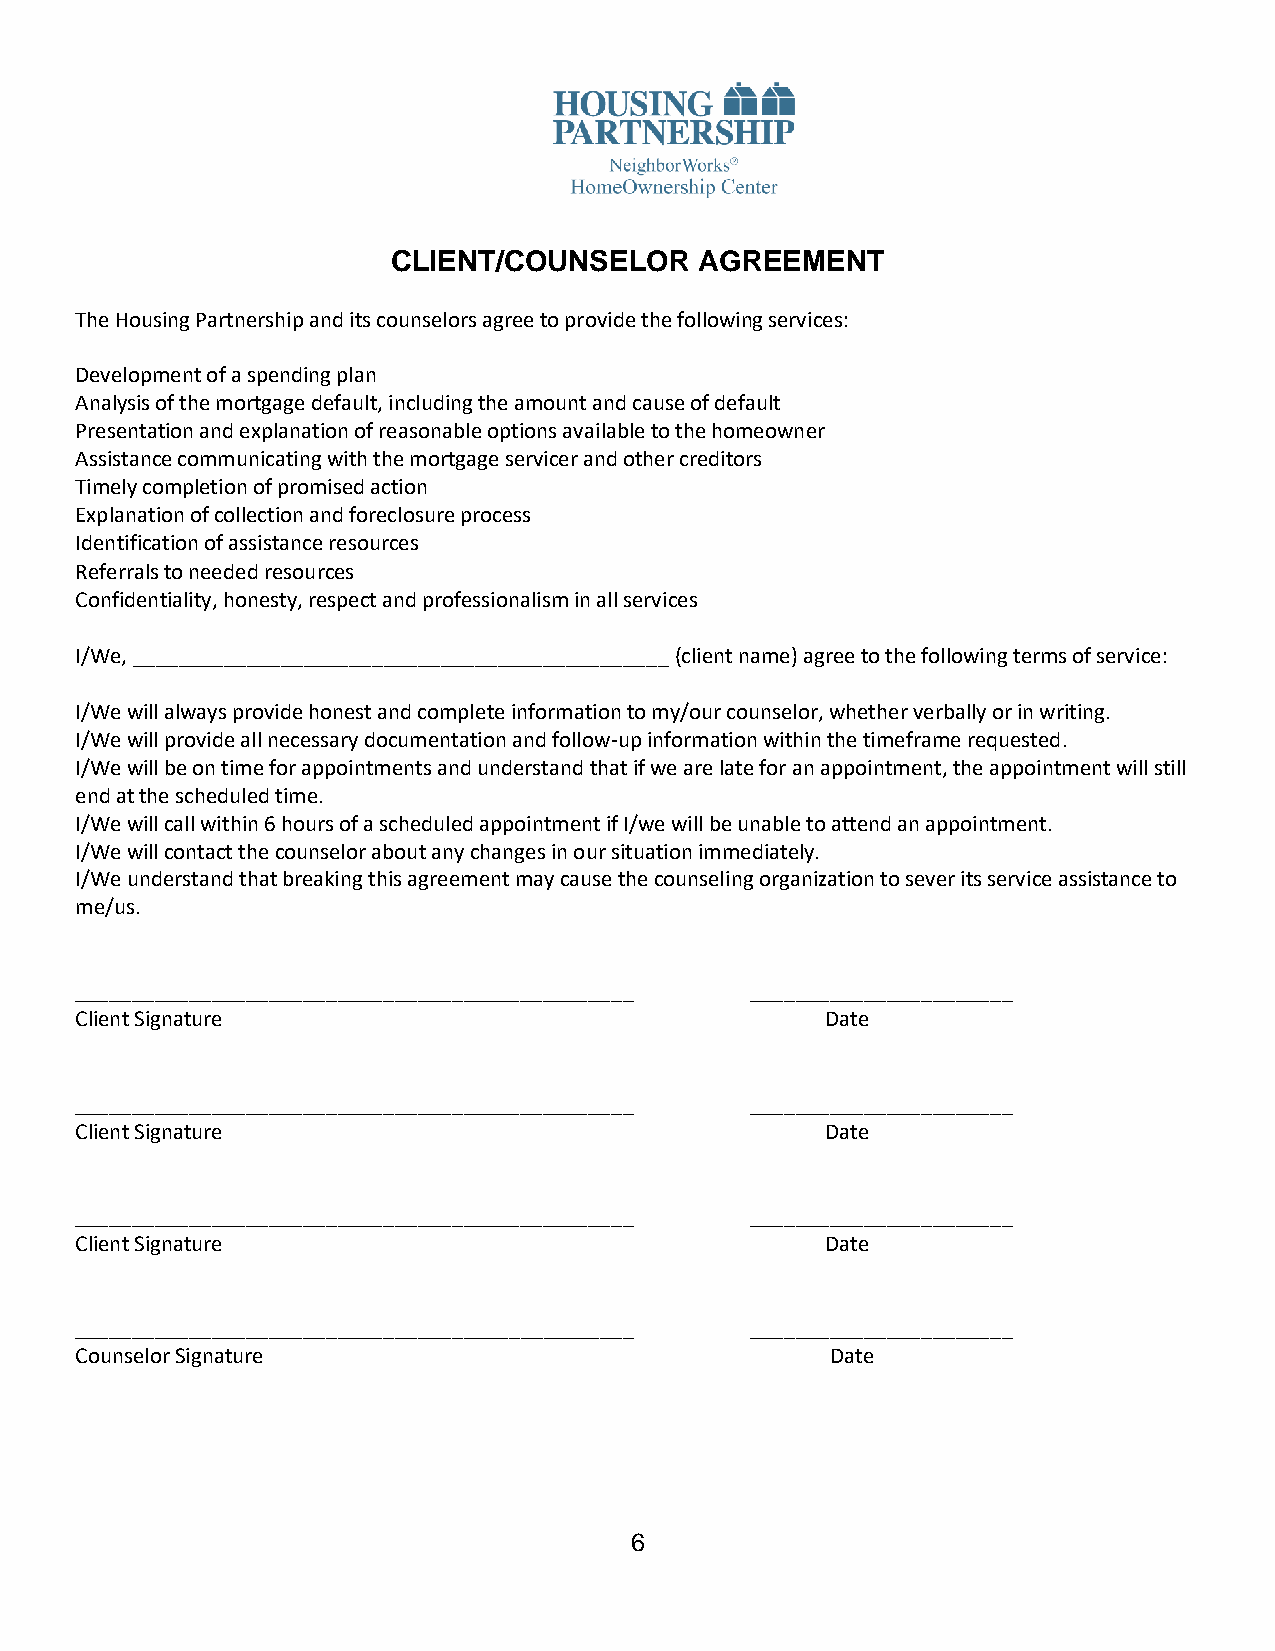
CLIENT/COUNSELOR    AGREEMENT
 The Housing Partnership and its counselors agree to provide the following services:
 Development of a spending plan
 Analysis of the mortgage default, including the amount and cause of default
 Presentation and explanation of reasonable options available to the homeowner
 Assistance communicating with the mortgage servicer and other creditors
 Timely completion of promised action
 Explanation of collection and foreclosure process
 Identification of assistance resources
 Referrals to needed resources
 Confidentiality, honesty, respect and professionalism in all services
 I/We, _______________________________________________ (client name) agree to the following terms of service:
 I/We will always provide honest and complete information to my/our counselor, whether verbally or in writing.
 I/We will provide all necessary documentation and follow-up information within the timeframe requested.
 I/We will be on time for appointments and understand that if we are late for an appointment, the appointment will still
 end at the scheduled time.
 I/We will call within 6 hours of a scheduled appointment if I/we will be unable to attend an appointment.
 I/We will contact the counselor about any changes in our situation immediately.
 I/We understand that breaking this agreement may cause the counseling organization to sever its service assistance to
 me/us.
 _________________________________________________ _______________________
 Client Signature                                  Date
 _________________________________________________ _______________________
 Client Signature                                  Date
 _________________________________________________ _______________________
 Client Signature                                  Date
 _________________________________________________ _______________________
 Counselor Signature                               Date
 6